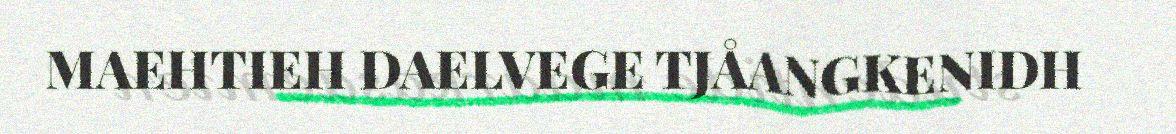
MAEHTIEH DAELVEGE TJÅANGKENIDH